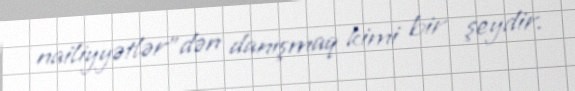
nailiyyətlər”dən danışmaq kimi bir şeydir.